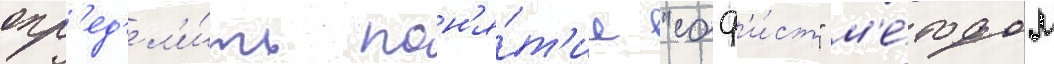
опр'ед'ел'и́ть пон'я́т'ие "соф'и́ст" м'е́тодом